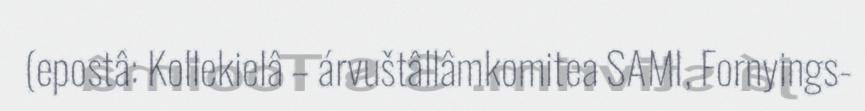
(epostâ: Kollekielâ – árvuštâllâmkomitea SAMI, Fornyings-